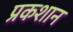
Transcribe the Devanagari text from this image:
प्रकशान